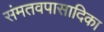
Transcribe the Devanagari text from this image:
संमतवपासादिका